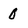
Character: 0